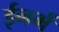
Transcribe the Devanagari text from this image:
ईनमें